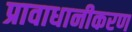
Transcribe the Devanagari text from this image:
प्रावाधानीकरण